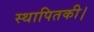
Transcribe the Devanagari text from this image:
स्थापितकी।